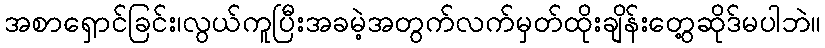
အစာရှောင်ခြင်း၊လွယ်ကူပြီးအခမဲ့အတွက်လက်မှတ်ထိုးချိန်းတွေ့ဆိုဒ်မပါဘဲ။